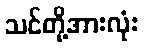
သင်တို့အားလုံး